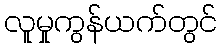
လူမှုကွန်ယက်တွင်